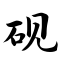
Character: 砚